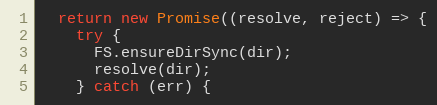
Language: JavaScript
  return new Promise((resolve, reject) => {
    try {
      FS.ensureDirSync(dir);
      resolve(dir);
    } catch (err) {